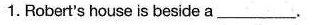
1.Robert's house is beside a ____.